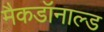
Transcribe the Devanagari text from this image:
मैकडॉनाल्ड